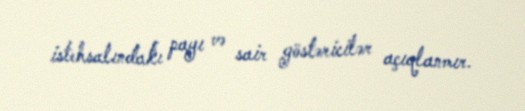
istehsalındakı payı və sair göstəricilər açıqlanmır.